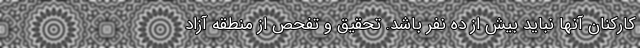
کارکنان آنها نباید بیش از ده نفر باشد. تحقیق و تفحص از منطقه آزاد